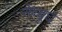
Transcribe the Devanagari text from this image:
नेव्बुर्घ